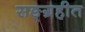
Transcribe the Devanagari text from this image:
सङ्ग्रहीत